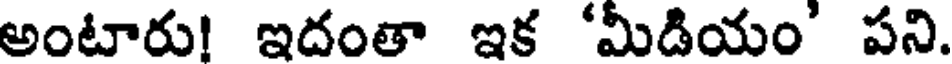
అంటారు! ఇదంతా ఇక 'మీడియం' పని.